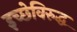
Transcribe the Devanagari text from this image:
इच्छेविरुद्ध